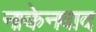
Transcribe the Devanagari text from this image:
नाकेनवाद